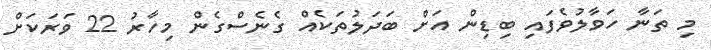
މި ތަނާ ހަވާލުވެފައި ބިޑިން އަށް ބަދަލުތަކެއް ގެނެސްގެން މިހާރު 22 ވަރަކަށް